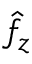
\hat { f } _ { z }